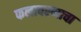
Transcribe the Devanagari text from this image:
फलावरणाचा